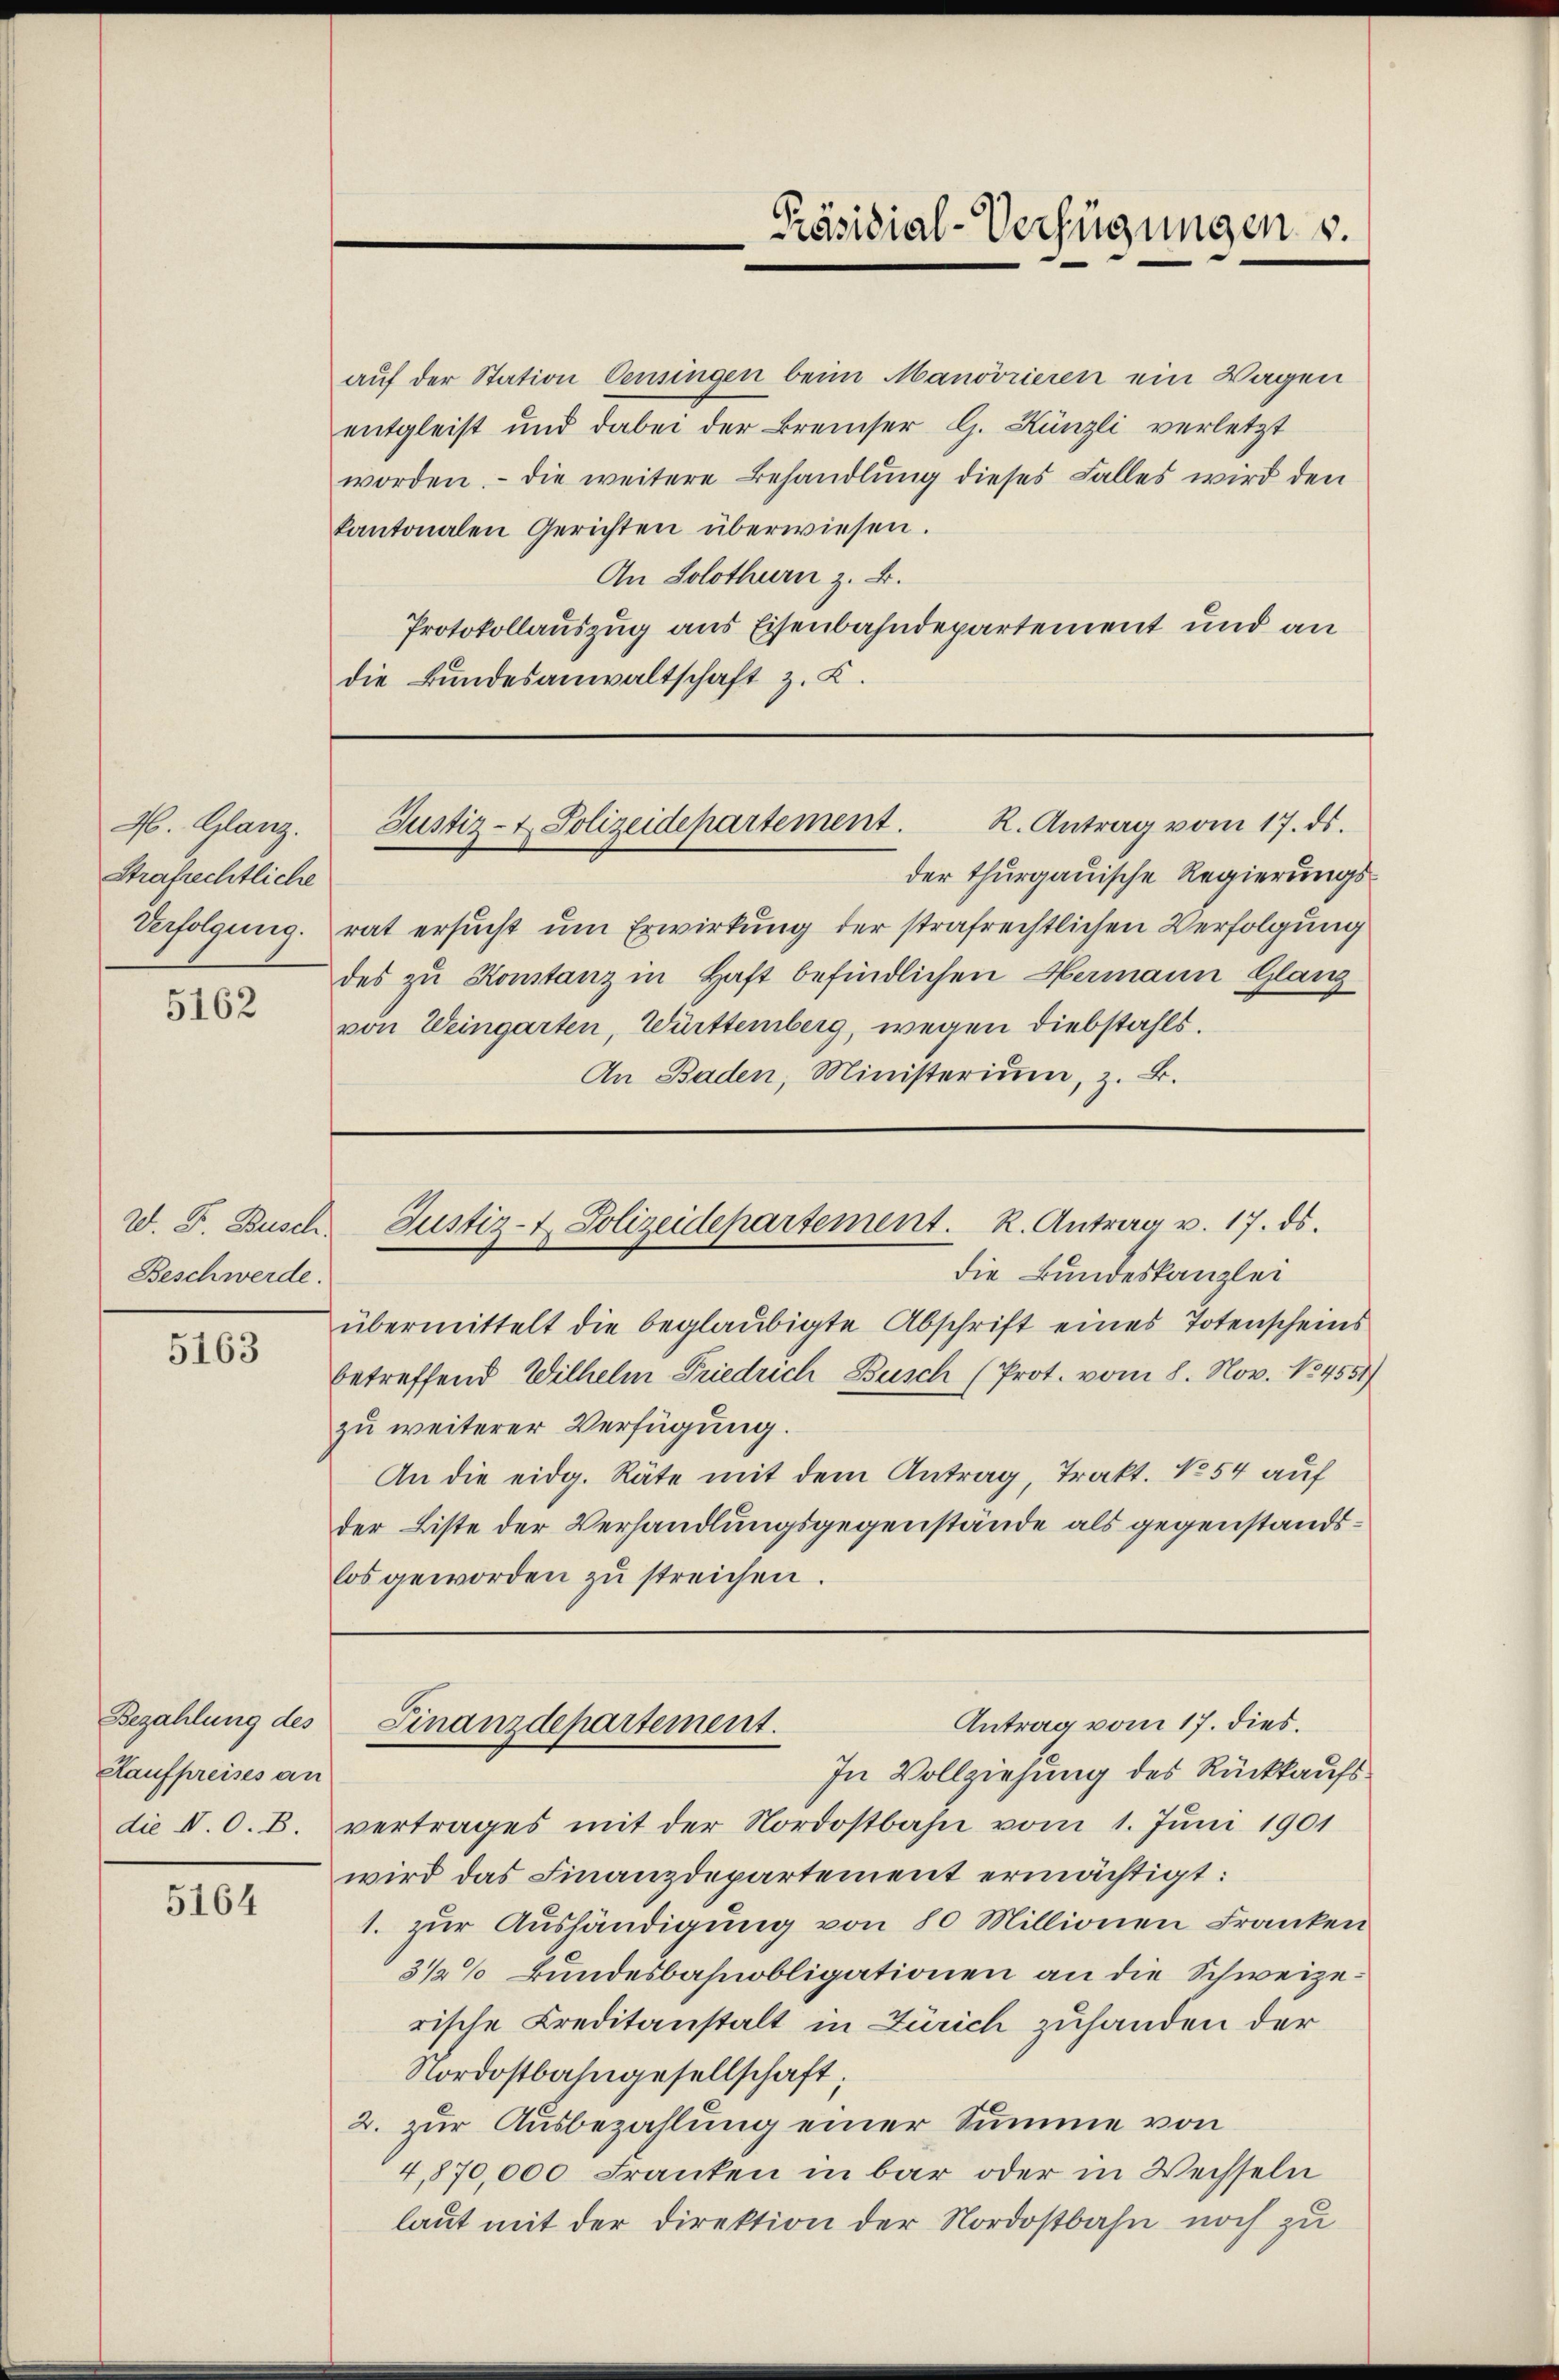
46. Glanz.
Strafrechtliche
Verfolgung.

5162

W. F. Busch
Beschwerde.

5163

Kaufpreises an
die V. O. B

5164

auf der Station densingen beim Manövrieren ein Wagen
entgleist und dabei der Bremiser G. Künzli verletzt
worden. Die weitere Behandlŭng dieses Falles wird den
kantonalen Gerichten überwiesen.
An Solothurn z. B.
Protokollauszug aus Eisenbahndepartement und an
die Bundesanwaltschaft z. K.

der thurgauische Regierungsrat ersucht um Erwirkung der strafrechtlichen Verfolgung
des zu Konstanz in Haft befindlichen Hermann Glanz
von Weingarten Württemberg, wegen Diebstahls.
An Baden, Ministerium, z. B.

Präsidial-Verfügungen v.

R. Antrag vom 17. ds.
Justiz- & Polizeidepartement.

Justiz- & Polizeidepartement. R. Antrag u. 17. ds.

die Bundeskanzlei
übermittelt die beglaubigte Abschrift eines Totenscheins
betreffend Wilhelm Friedrich Busch (Prot. vom 8. Nov. 134551/
zu weiterer Verfügung.
An die eidg. Räte mit dem Antrag, Trakt. No 54 auf
der Liste der Verhandlungsgegenstände als gegenstandslos geworden zu streichen.

In Vollziehung des Rückkaufsvertrages mit der Nordostbahn vom 1. Juni 1901
wird das Finanzdepartement ermächtigt:
1. zur Aushändigung von 80 Millionen Franken
3 1/2% Bundesbahnobligationen an die Schweizerische Creditanstalt in Zürich zuhanden der
Nordostbahngesellschaft;
2. zur Ausbezahlung einer Summe von
4,870,000 Franken in bar oder in Wechseln
laut mit der Direktion der Nordostbahn noch zu

Antrag vom 17. dies.
Bezahlung des Finanzdepartement.